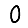
Digit: 0